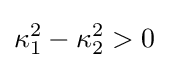
\kappa _{1}^{2}-\kappa _{2}^{2}>0